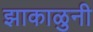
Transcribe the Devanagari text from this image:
झाकाळुनी